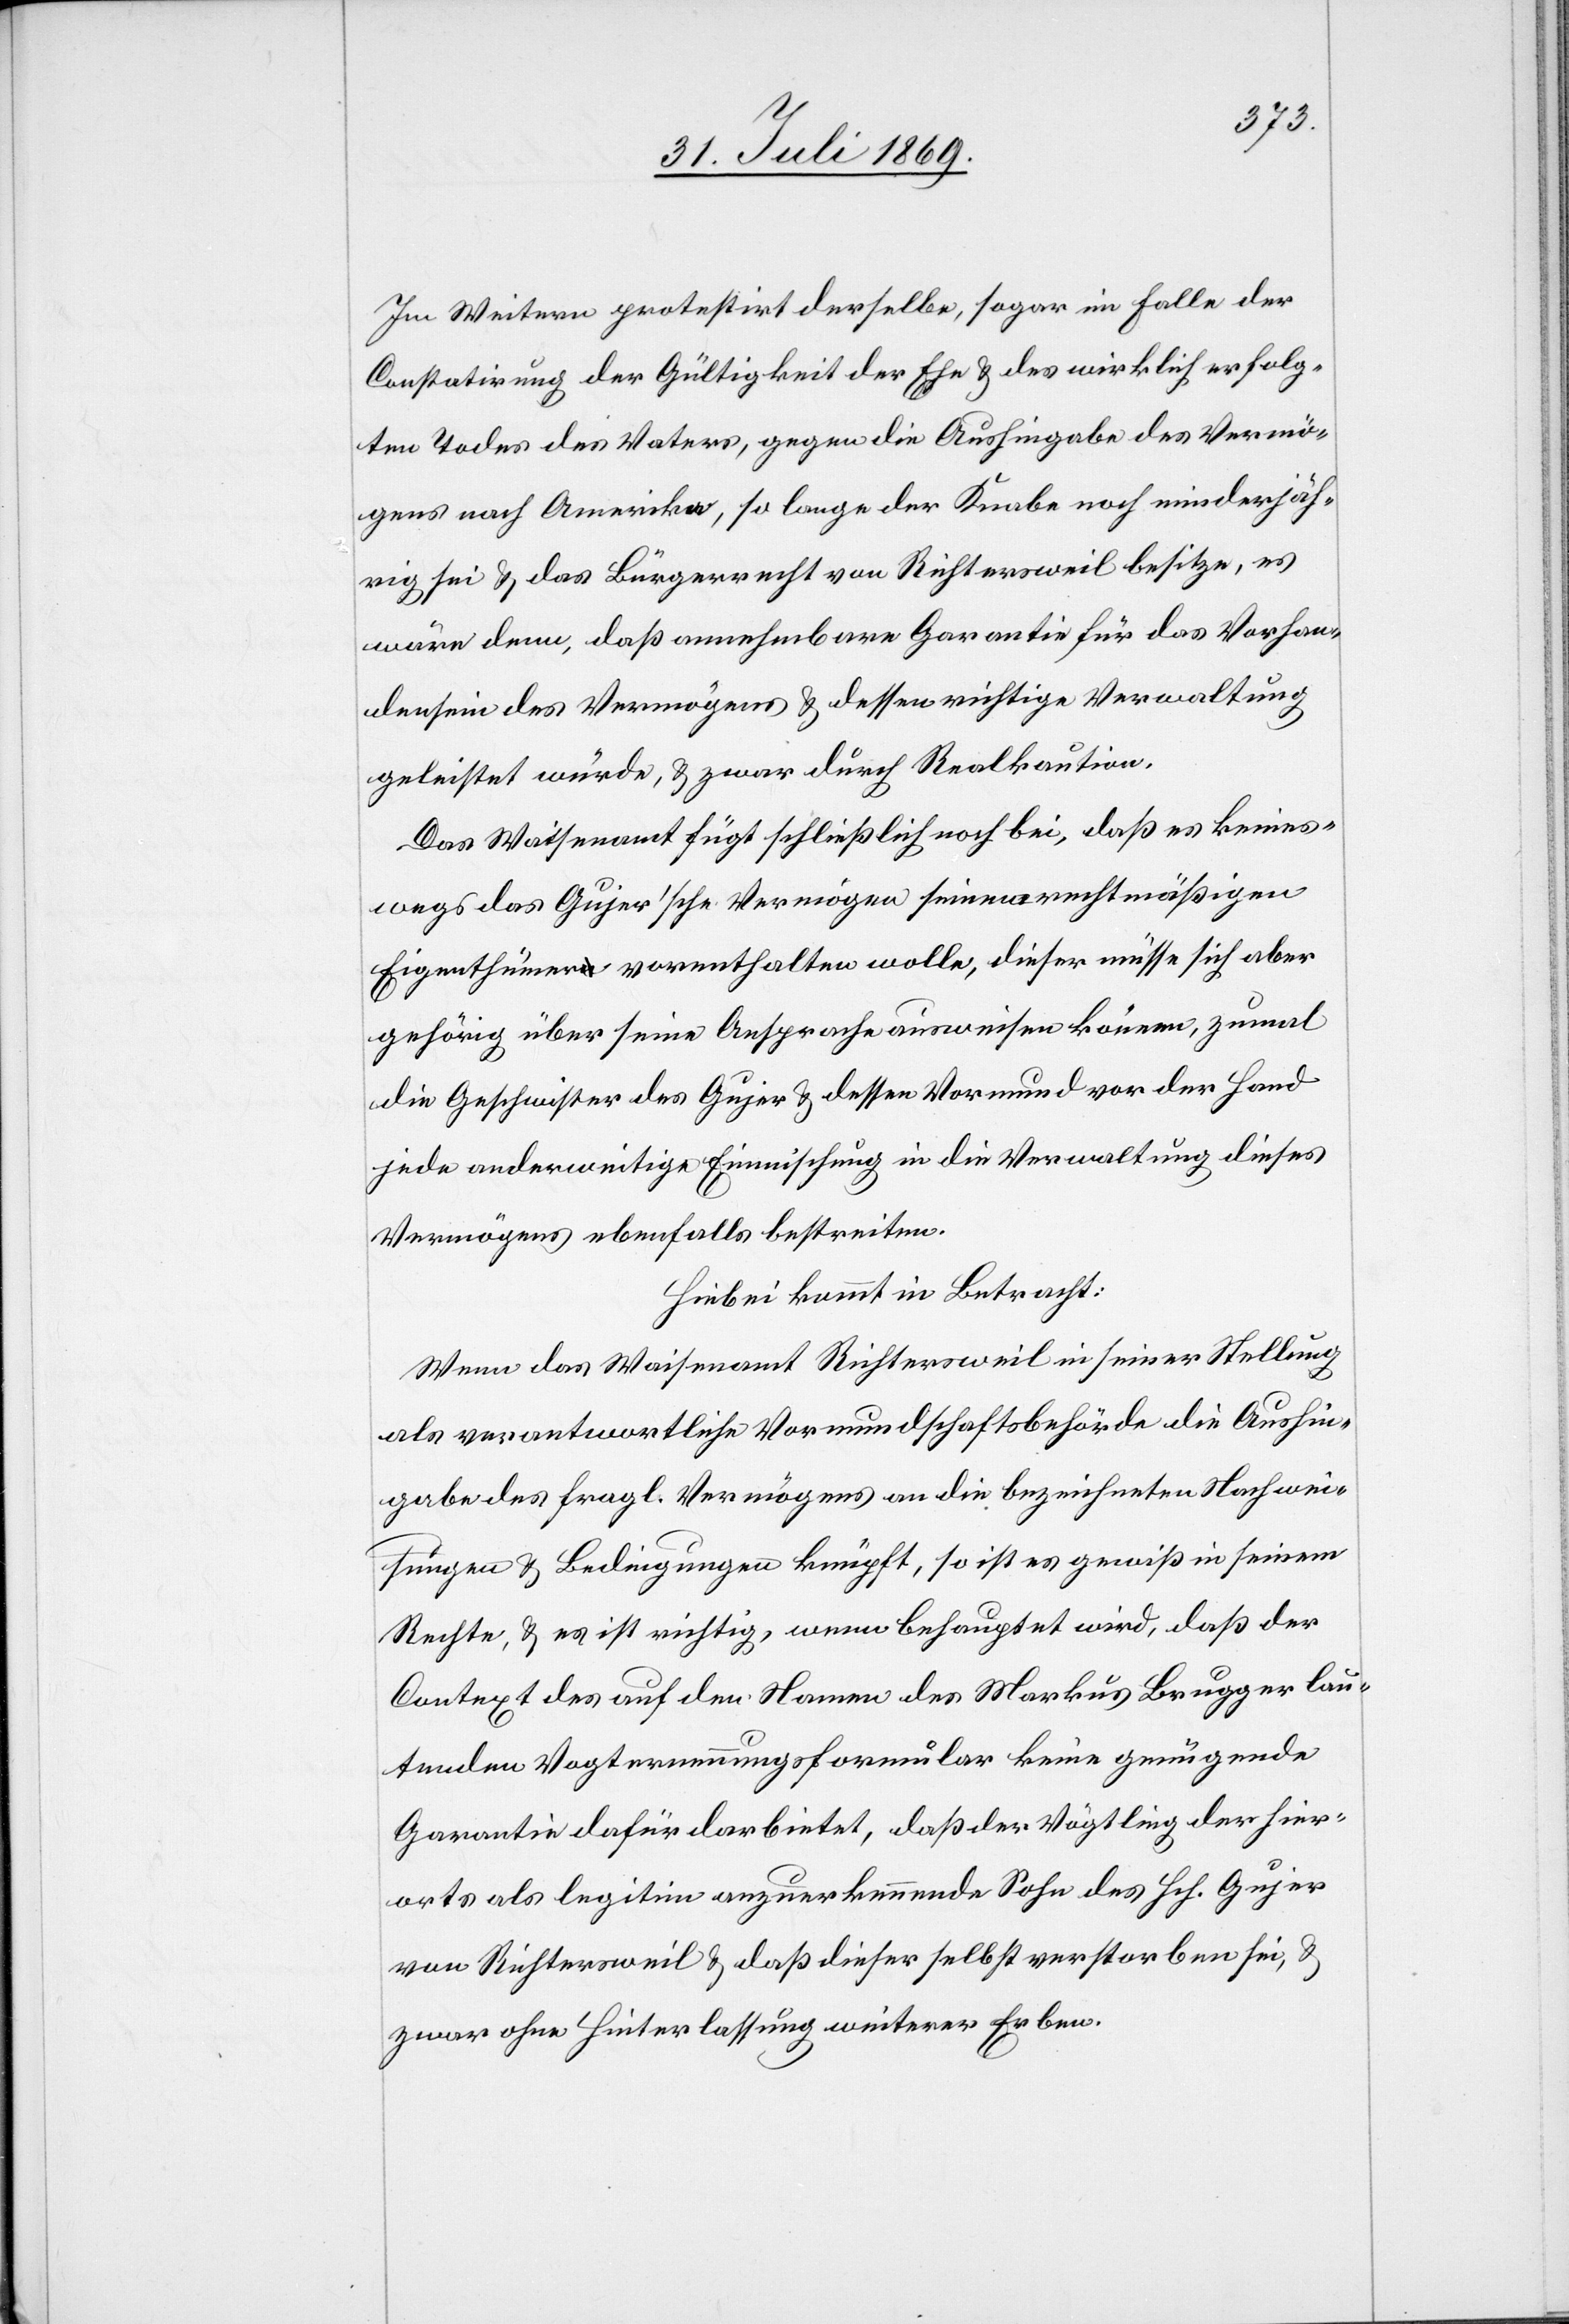
Im Weitern protestirt derselbe, sogar im Falle der
Constatirung der Gültigkeit der Ehe u. des wirklich erfolg¬
ten Todes des Vaters, gegen die Aushingabe des Vermö¬
gens nach Amerika, so lange der Knabe noch minderjäh¬
rig sei u. das Bürgerrecht von Richtersweil besitze, es
wäre denn, daß annehmbare Garantie für das Vorhan¬
densein des Vermögens u. dessen richtige Verwaltung
geleistet würde, u. zwar durch Realkaution.
Das Waisenamt fügt schließlich noch bei, daß es keines¬
wegs das Gujer’sche Vermögen seinem rechtmäßigen
Eigenthümer vorenthalten wolle, dieser müsse sich aber
gehörig über seine Ansprache ausweisen können, zumal
die Geschwister des Gujer u. dessen Vormund vor der Hand
jede anderweitige Einmischung in die Verwaltung dieses
Vermögens ebenfalls bestreiten.
Hiebei kommt in Betracht:
Wenn das Waisenamt Richtersweil in seiner Stellung
als verantwortliche Vormundschaftsbehörde die Aushin¬
gabe des fragl. Vermögens an die bezeichneten Nachwei¬
sungen u. Bedingungen knüpft, so ist es gewiß in seinem
Rechte, u. es ist richtig, wenn behauptet wird, daß der
Context des auf den Namen des Markus Brugger lau¬
tenden Vogternennungsformular keine genügende
Garantie dafür darbietet, daß der Vögtling der hier¬
orts als legitim anzuerkennende Sohn des Hch. Gujer
von Richtersweil u. daß dieser selbst verstorben sei, u.
zwar ohne Hinterlassung weiterer Erben.